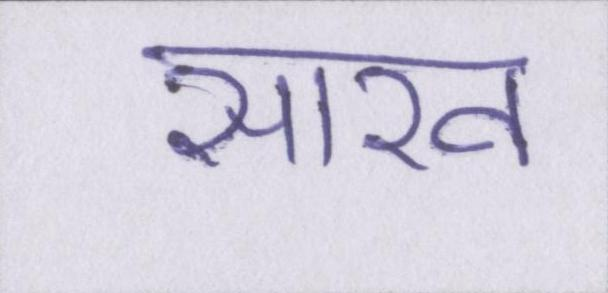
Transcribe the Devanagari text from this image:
साख